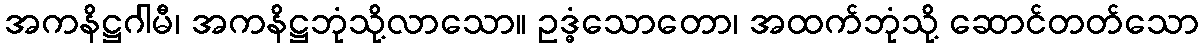
အကနိဋ္ဌဂါမီ၊ အကနိဋ္ဌဘုံသို့လာသော။ ဥဒ္ဓံသောတော၊ အထက်ဘုံသို့ ဆောင်တတ်သော